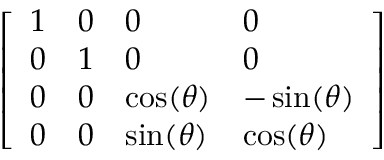
\left[ \begin{array} { l l l l } { 1 } & { 0 } & { 0 } & { 0 } \\ { 0 } & { 1 } & { 0 } & { 0 } \\ { 0 } & { 0 } & { \cos ( \theta ) } & { - \sin ( \theta ) } \\ { 0 } & { 0 } & { \sin ( \theta ) } & { \cos ( \theta ) } \end{array} \right]